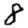
Digit: 8